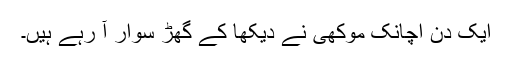
ایک دن اچانک موکھی نے دیکھا کے گھڑ سوار آ رہے ہیں۔